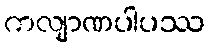
ကလျာဏပါပဿ